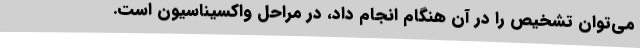
می‌توان تشخیص را در آن هنگام انجام داد، در مراحل واکسیناسیون است.